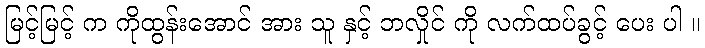
မြင့်မြင့် က ကိုထွန်းအောင် အား သူ နှင့် ဘလှိုင် ကို လက်ထပ်ခွင့် ပေး ပါ ။